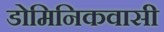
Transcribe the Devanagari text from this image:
डोमिनिकवासी